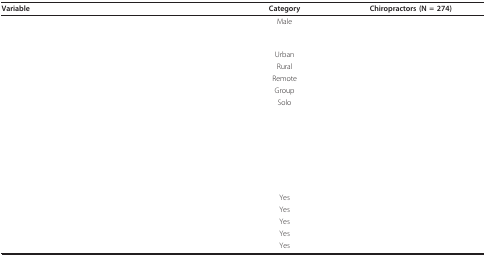
<table><thead><tr><td><b>Variable</b></td><td><b>Category</b></td><td><b>Chiropractors (N = 274)</b></td></tr></thead><tbody><tr><td>[EMPTY_CELL]</td><td>Male</td><td>[EMPTY_CELL]</td></tr><tr><td>[EMPTY_CELL]</td><td>[EMPTY_CELL]</td><td>[EMPTY_CELL]</td></tr><tr><td>[EMPTY_CELL]</td><td>Urban</td><td>[EMPTY_CELL]</td></tr><tr><td>[EMPTY_CELL]</td><td>Rural</td><td>[EMPTY_CELL]</td></tr><tr><td>[EMPTY_CELL]</td><td>Remote</td><td>[EMPTY_CELL]</td></tr><tr><td>[EMPTY_CELL]</td><td>Group</td><td>[EMPTY_CELL]</td></tr><tr><td>[EMPTY_CELL]</td><td>Solo</td><td>[EMPTY_CELL]</td></tr><tr><td>[EMPTY_CELL]</td><td>[EMPTY_CELL]</td><td>[EMPTY_CELL]</td></tr><tr><td>[EMPTY_CELL]</td><td>[EMPTY_CELL]</td><td>[EMPTY_CELL]</td></tr><tr><td>[EMPTY_CELL]</td><td>[EMPTY_CELL]</td><td>[EMPTY_CELL]</td></tr><tr><td>[EMPTY_CELL]</td><td>[EMPTY_CELL]</td><td>[EMPTY_CELL]</td></tr><tr><td>[EMPTY_CELL]</td><td>Yes</td><td>[EMPTY_CELL]</td></tr><tr><td>[EMPTY_CELL]</td><td>Yes</td><td>[EMPTY_CELL]</td></tr><tr><td>[EMPTY_CELL]</td><td>Yes</td><td>[EMPTY_CELL]</td></tr><tr><td>[EMPTY_CELL]</td><td>Yes</td><td>[EMPTY_CELL]</td></tr><tr><td>[EMPTY_CELL]</td><td>Yes</td><td>[EMPTY_CELL]</td></tr></tbody></table>